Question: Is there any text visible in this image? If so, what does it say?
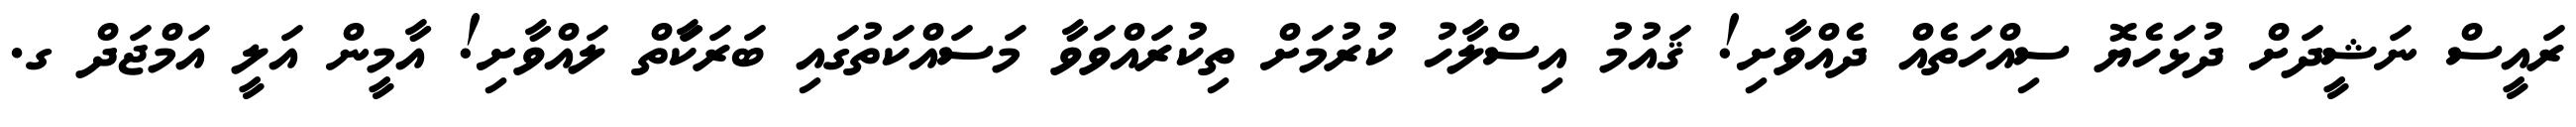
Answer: ރައީސް ނަޝީދަށް ދުޅަހެޔޮ ސިއްހަތެއް ދެއްވާށި! ޤައުމު އިސްލާހު ކުރުމަށް ތިކުރައްވަވާ މަސައްކަތުގައި ބަރަކަާތް ލައްވާށި! އާމީން އަލީ އަމްޖަދް ގ.